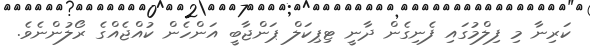
ކަރިނާ މި ފިލްމުގައި ފެނިގެން ދާނީ ޓިޕިކަލް ޕަންޖާބީ އަންހެން ކުއްޖެއްގެ ރޯލުންނެވެ.